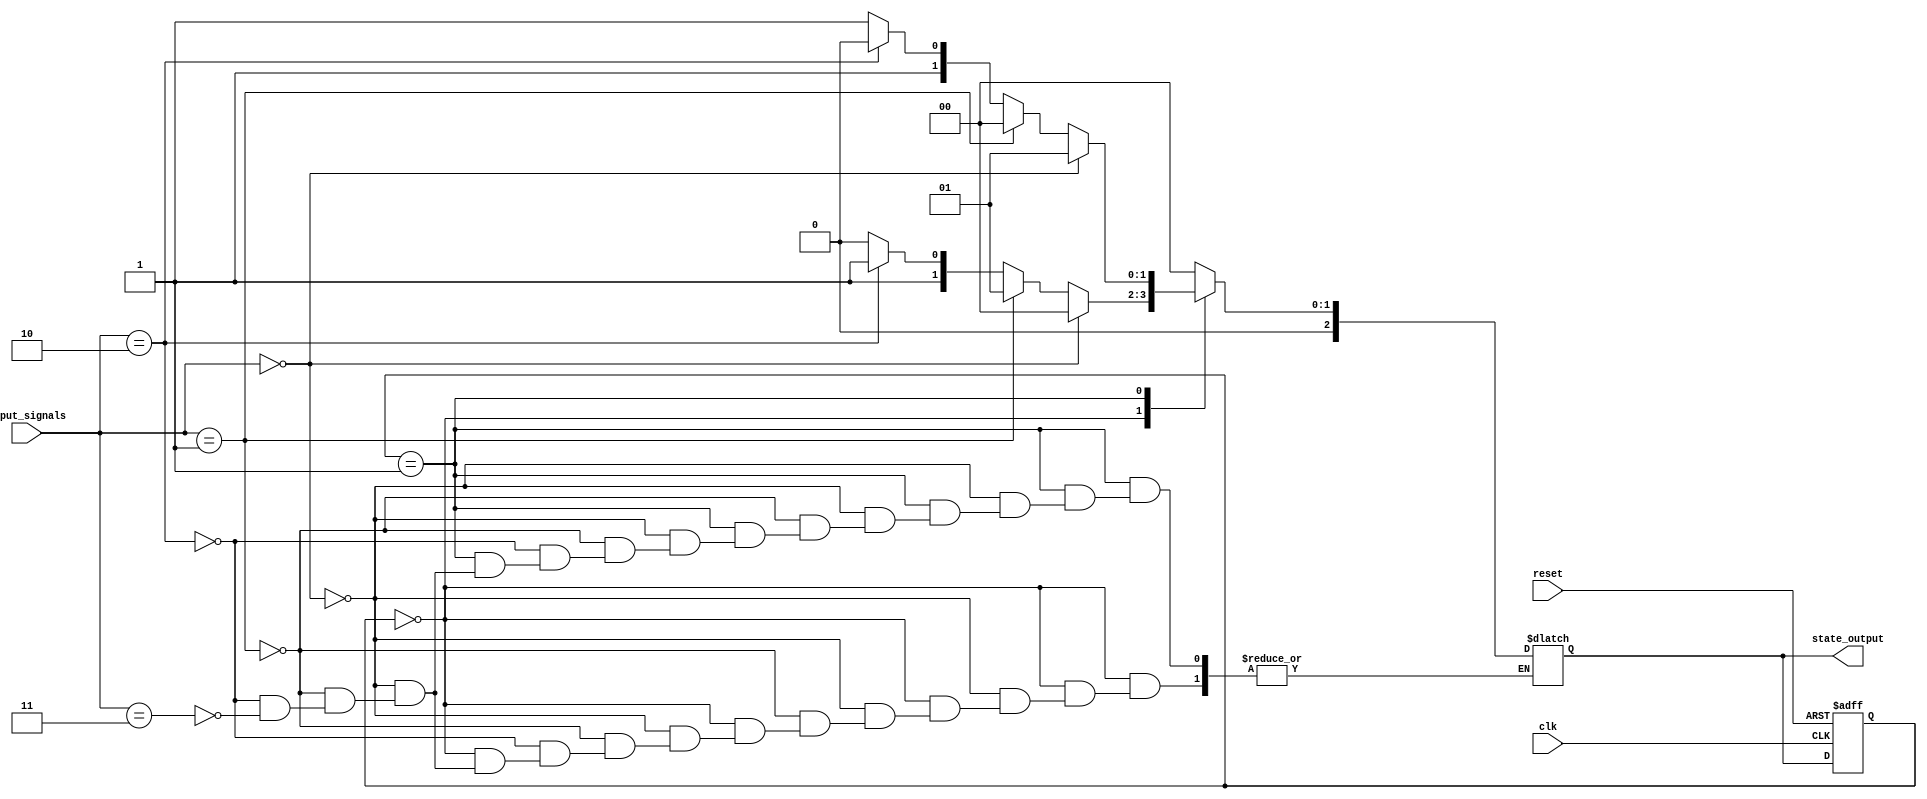
module gray_code_state_machine (
    input wire clk,
    input wire reset,
    input wire [N-1:0] input_signals,
    output reg [N-1:0] state_output
);

parameter N = 3; // Number of state bits

// State register to store current state
reg [N-1:0] state_reg;
always @(posedge clk or posedge reset) begin
    if (reset) begin
        state_reg <= 0;
    end else begin
        state_reg <= state_output;
    end
end

// Next state logic block
always @* begin
    case (state_reg)
        3'b000: begin // State 0
            if (input_signals == 3'b000)
                state_output = 3'b000;
            else if (input_signals == 3'b001)
                state_output = 3'b001;
            else if (input_signals == 3'b010)
                state_output = 3'b011;
            else if (input_signals == 3'b011)
                state_output = 3'b010;
        end
        3'b001: begin // State 1
            if (input_signals == 3'b000)
                state_output = 3'b001;
            else if (input_signals == 3'b001)
                state_output = 3'b000;
            else if (input_signals == 3'b010)
                state_output = 3'b010;
            else if (input_signals == 3'b011)
                state_output = 3'b011;
        end
        // Repeat for other states as needed
        default: state_output = 3'b000;
    endcase
end

endmodule